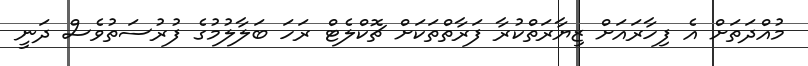
މުއްދަތަށް އެ ފިހާރައަށް ޒިޔާރަތްކުރާ ފަރާތްތަކަށް ޗޮކްލެޓް ރަހަ ބަލާލުމުގެ ފުރުސަތުވެސް ދަނީ